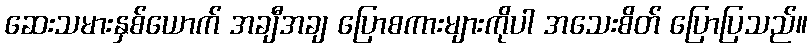
ဆေးသမားနှစ်ယောက် အချီအချ ပြောစကားများကိုပါ အသေးစိတ် ပြောပြသည်။